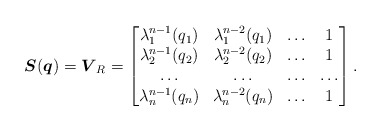
\begin{gather*}\boldsymbol{S}(\boldsymbol{q})=\boldsymbol{V}_R=\begin{bmatrix} \lambda_1^{n-1} (q_1)& \lambda_1^{n-2} (q_1) &\ldots&1 \\ \lambda_2^{n-1}(q_2)& \lambda_2^{n-2} (q_2)&\ldots&1 \\ \ldots & \ldots & \ldots & \ldots \\ \lambda_n^{n-1} (q_{n})& \lambda_n^{n-2} (q_{n})&\ldots&1\end{bmatrix}.\end{gather*}